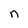
Character: n